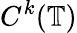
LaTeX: C^{k}(\mathbb{T})